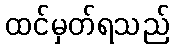
ထင်မှတ်ရသည်